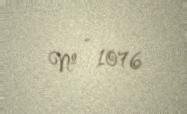
№ - 1076